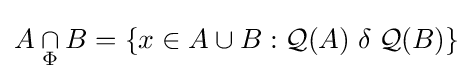
A\mathbin {\mathop {\cap } _{\Phi }} B=\left\{x\in A\cup B:{\mathcal {Q}}(A)\mathrel {\delta } {\mathcal {Q}}(B)\right\}